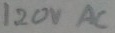
Text: 120VAC